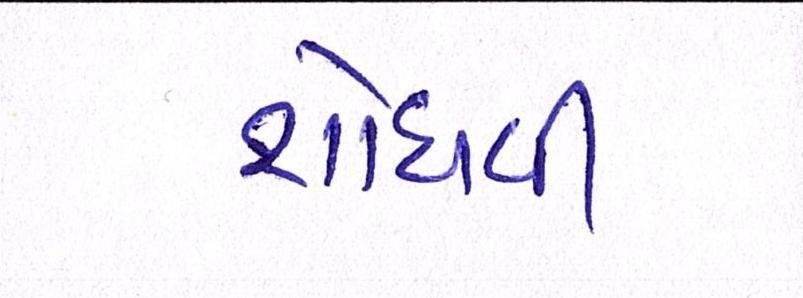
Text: શોધવી